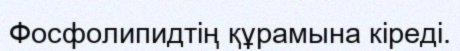
Фосфолипидтiң құрамына кiредi.